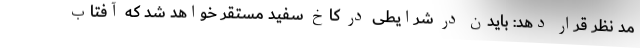
مد نظر قرار دهد: بایدن در شرایطی در کاخ سفید مستقر خواهد شد که آفتاب